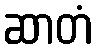
ဆာတံ